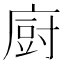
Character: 𢊍